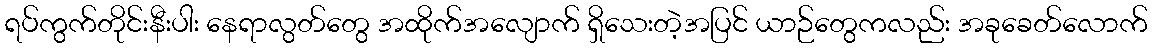
ရပ်ကွက်တိုင်းနီးပါး နေရာလွတ်တွေ အထိုက်အလျောက် ရှိသေးတဲ့အပြင် ယာဉ်တွေကလည်း အခုခေတ်လောက်